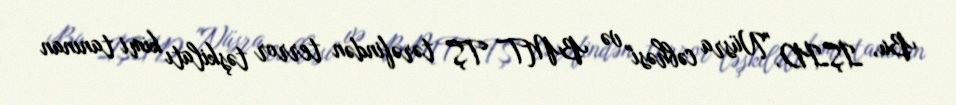
Bu, İŞİD, "Nüsra cəbhəsi" və BMT TŞ tərəfindən terror təşkilatı kimi tanınan